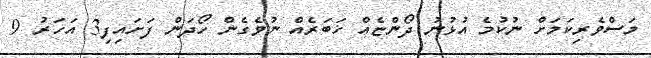
މަސްވެރިކަމަށް ނުކުމެ އުޅުނު ދޯންޏެއް ޚަބަރެއް ނުވެގެން ހޯދަން ފަށައިފި3 އަހަރު 9